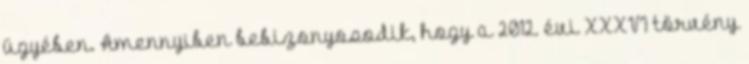
ügyében. Amennyiben bebizonyosodik, hogy a 2012. évi XXXVI törvény